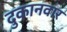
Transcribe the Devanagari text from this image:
दुकानवार